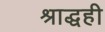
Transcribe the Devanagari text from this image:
श्राद्धही